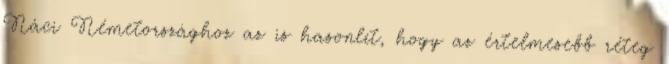
Náci Németországhoz az is hasonlít, hogy az értelmesebb réteg